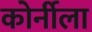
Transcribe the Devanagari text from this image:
कोर्नीला